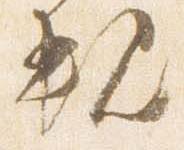
親